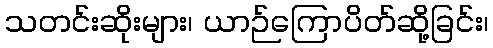
သတင်းဆိုးများ၊ ယာဉ်ကြောပိတ်ဆို့ခြင်း၊